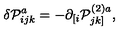
\delta \mathcal { P } _ { i j k } ^ { a } = - \partial _ { [ i } \mathcal { P } _ { j k ] } ^ { ( 2 ) a } ,